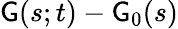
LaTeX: {\sf G}(s;t)-{\sf G}_{0}(s)